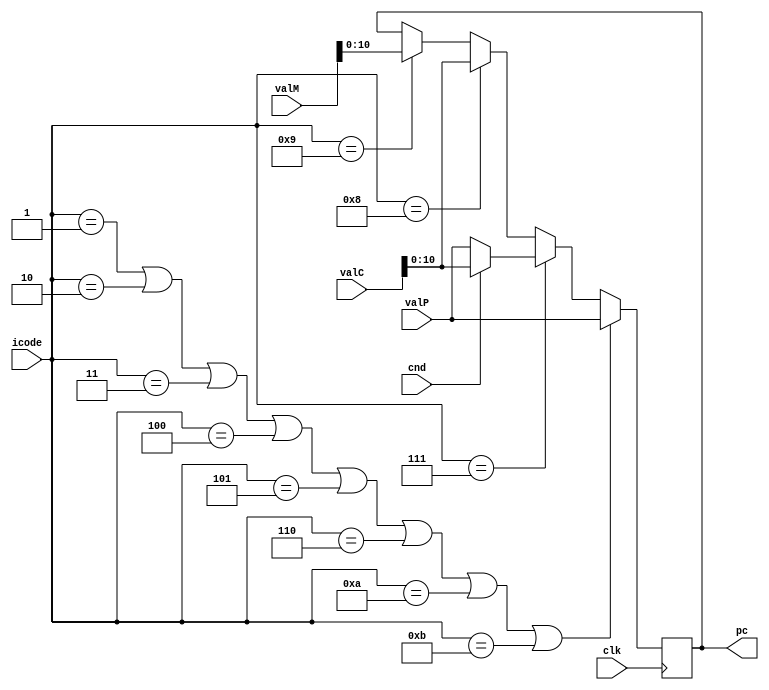
`timescale 1ns/1ps

module pcupdate(clk,icode,cnd,valC,valM,valP,pc);
input [3:0] icode;
input cnd;
input clk;
input [63:0] valC;
input [63:0] valM;
input [10:0] valP;
output [10:0] pc;
reg [10:0] pc;
initial begin pc = 0;
end
always@(posedge clk)
begin
	
	if(icode == 1 || icode == 2 || icode == 3 || icode == 4 || icode == 5 || icode == 6 || icode == 10 ||icode == 11)
	     pc = valP;
	else if(icode == 7)
	begin
		if(cnd == 1)
		begin
			pc = valC;
		end
		else
			pc = valP;
	end
	else if(icode == 8)
		pc = valC;
	else if (icode == 9)
		pc = valM;
	$display("update -- icode - %h, cnd - %h, valP - %h, valC - %h,valM - %h ,  pc - %h",icode,cnd,valP,valC,valM,pc);
end
endmodule